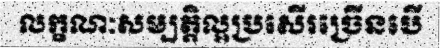
លក្ខណៈសម្បត្តិល្អប្រសើរច្រើនបើ